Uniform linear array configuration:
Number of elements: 12
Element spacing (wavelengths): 1
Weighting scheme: uniform
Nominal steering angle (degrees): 30
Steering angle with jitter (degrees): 31.135
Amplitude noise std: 0.05
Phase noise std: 0.05

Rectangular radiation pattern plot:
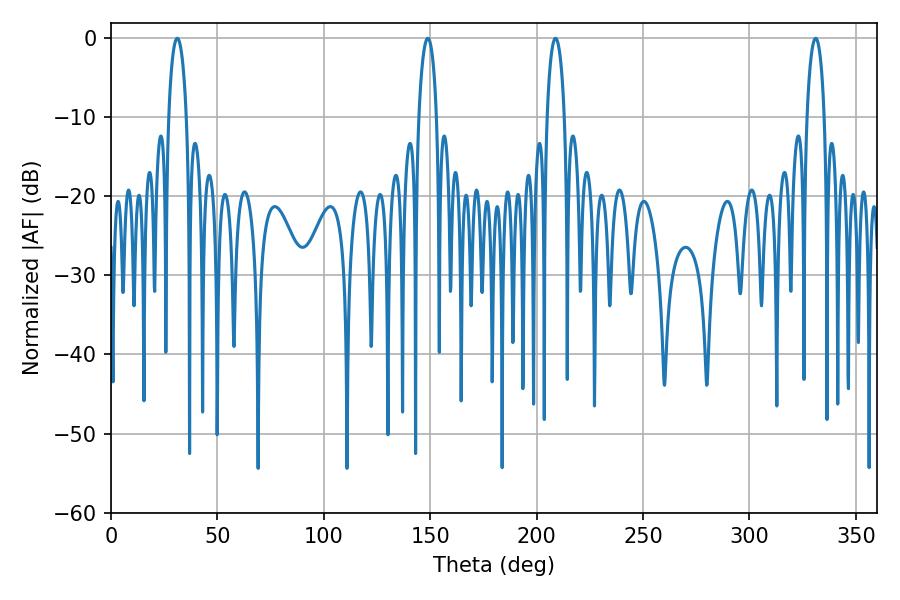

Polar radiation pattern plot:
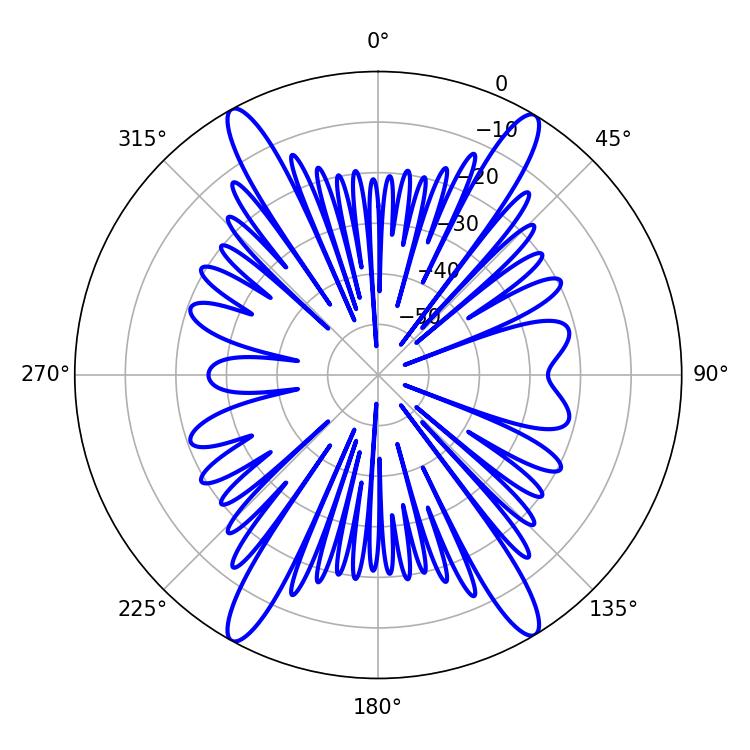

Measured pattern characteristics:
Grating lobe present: TRUE
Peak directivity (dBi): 23.492
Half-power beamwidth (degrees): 4.68
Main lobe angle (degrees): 31.14